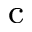
_ \mathrm { c }